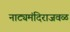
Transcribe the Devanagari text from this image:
नाट्यमंदिराजवळ